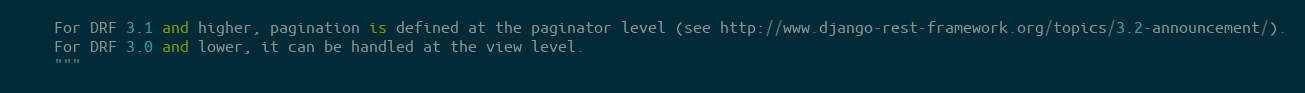
Language: Python
    For DRF 3.1 and higher, pagination is defined at the paginator level (see http://www.django-rest-framework.org/topics/3.2-announcement/).
    For DRF 3.0 and lower, it can be handled at the view level.
    """